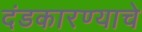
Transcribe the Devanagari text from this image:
दंडकारण्याचे